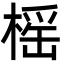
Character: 榣